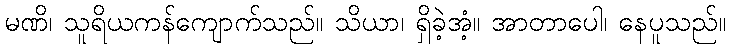
မဏိ၊ သူရိယကန်ကျောက်သည်။ သိယာ၊ ရှိခဲ့အံ့။ အာတာပေါ၊ နေပူသည်။